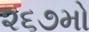
૨૬૭મો